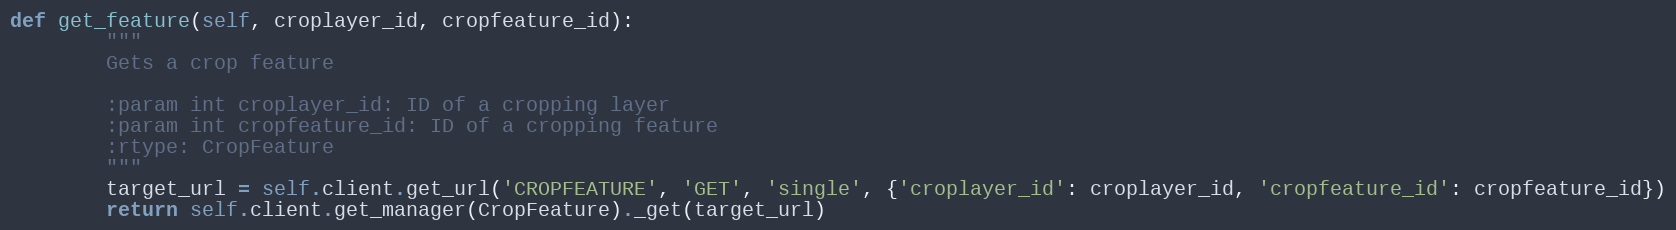
Language: Python
def get_feature(self, croplayer_id, cropfeature_id):
        """
        Gets a crop feature

        :param int croplayer_id: ID of a cropping layer
        :param int cropfeature_id: ID of a cropping feature
        :rtype: CropFeature
        """
        target_url = self.client.get_url('CROPFEATURE', 'GET', 'single', {'croplayer_id': croplayer_id, 'cropfeature_id': cropfeature_id})
        return self.client.get_manager(CropFeature)._get(target_url)